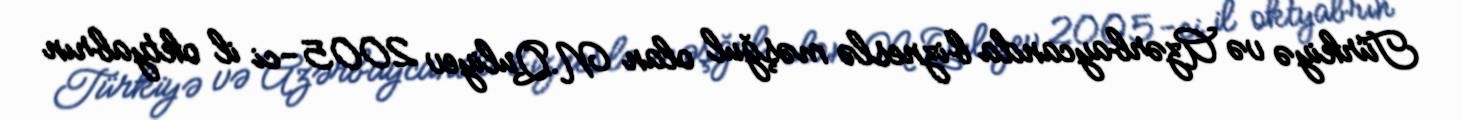
Türkiyə və Azərbaycanda bizneslə məşğul olan N.Quliyev 2005-ci il oktyabrın